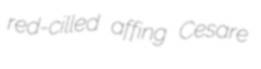
red-cilled affing Cesare